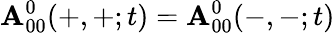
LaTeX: \mathbf{A}_{00}^{0}(+,+;t)=\mathbf{A}_{00}^{0}(-,-;t)